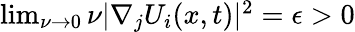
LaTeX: \begin{array}{r}{\operatorname*{lim}_{\nu\rightarrow 0}\nu|\nabla_{j}U_{i}(x,t)|^{2}=\epsilon>0}\end{array}